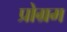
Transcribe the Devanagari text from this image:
प्रोग्रम